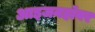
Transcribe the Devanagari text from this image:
आइजनहॉवर